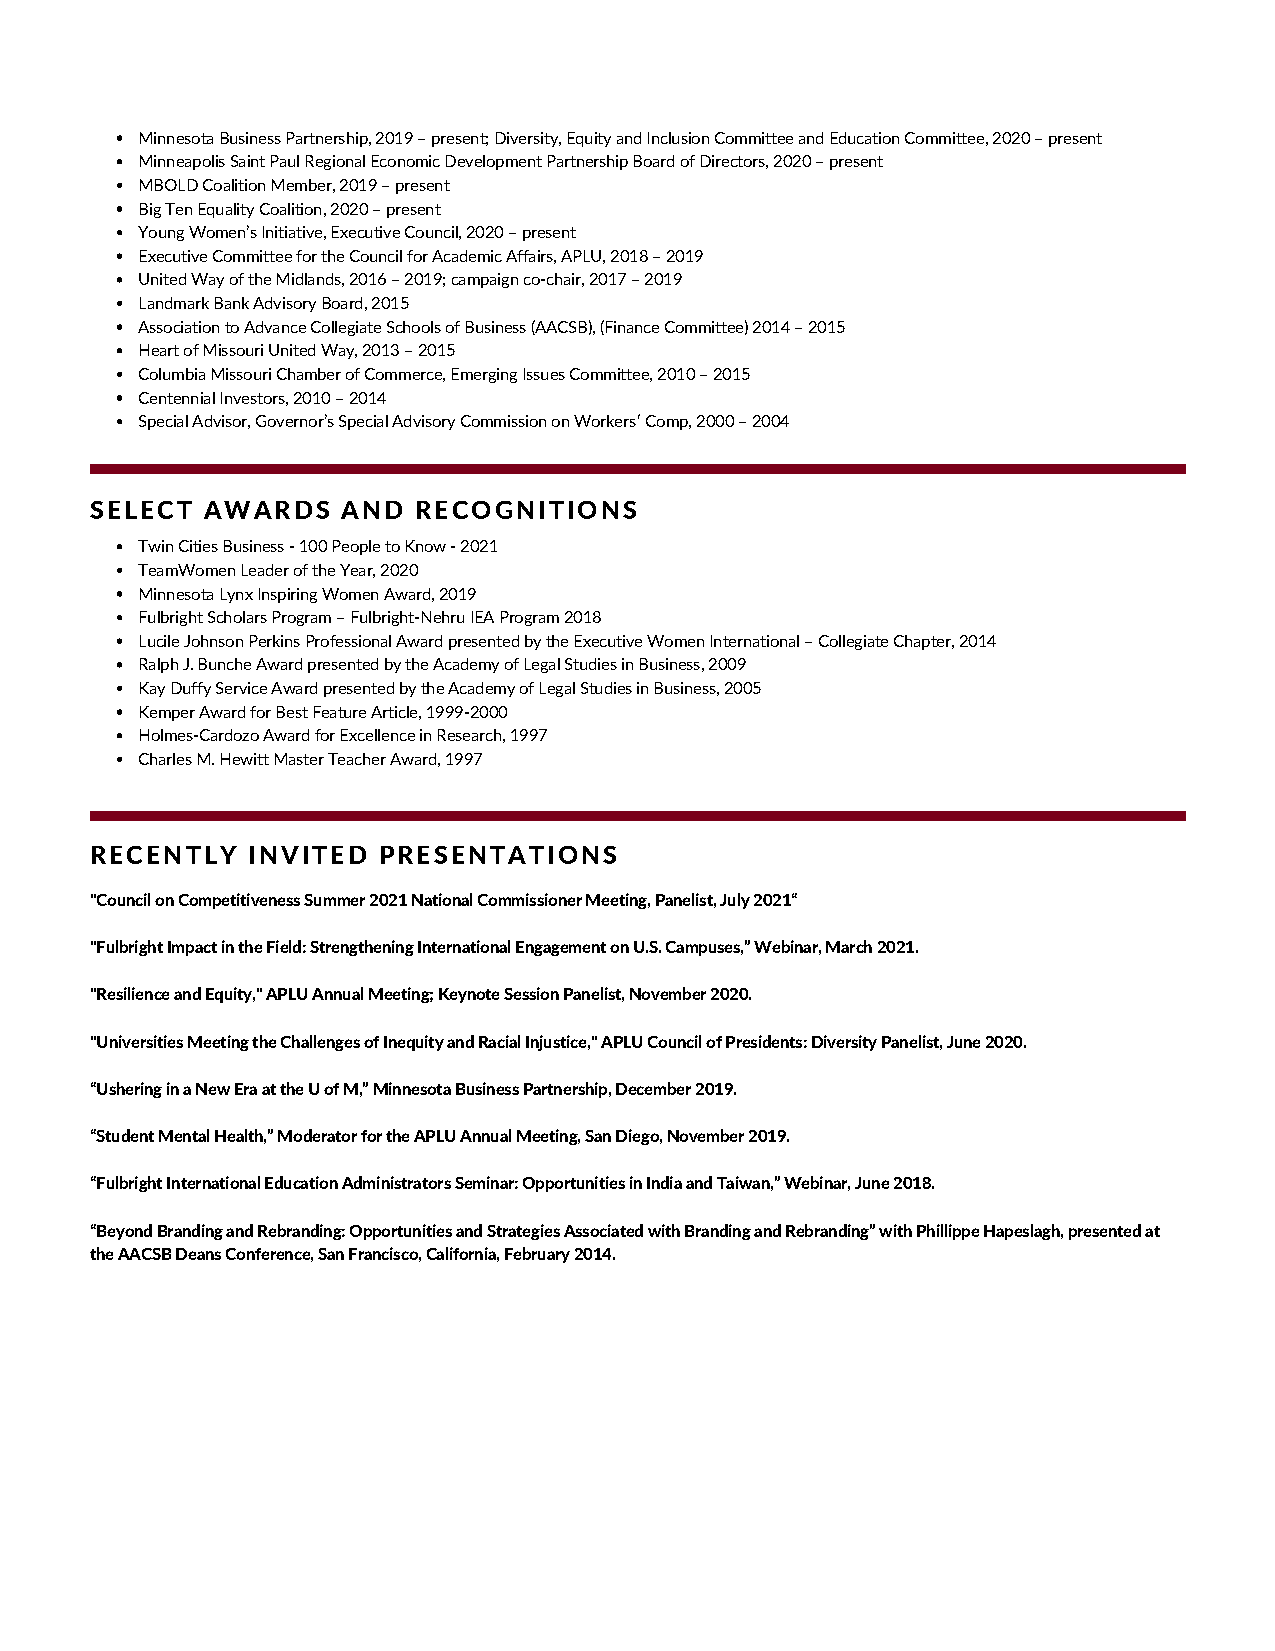
Minnesota Business Partnership, 2019 – present; Diversity, Equity and Inclusion Committee and Education Committee, 2020 – present
 Minneapolis Saint Paul Regional Economic Development Partnership Board of Directors, 2020 – present
 MBOLD Coalition Member, 2019 – present
 Big Ten Equality Coalition, 2020 – present
 Young Women’s Initiative, Executive Council, 2020 – present
 Executive Committee for the Council for Academic Affairs, APLU, 2018 – 2019
 United Way of the Midlands, 2016 – 2019; campaign co-chair, 2017 – 2019
 Landmark Bank Advisory Board, 2015
 Association to Advance Collegiate Schools of Business (AACSB), (Finance Committee) 2014 – 2015
 Heart of Missouri United Way, 2013 – 2015
 Columbia Missouri Chamber of Commerce, Emerging Issues Committee, 2010 – 2015
 Centennial Investors, 2010 – 2014
 Special Advisor, Governor’s Special Advisory Commission on Workersʹ Comp, 2000 – 2004
 SELECT AWARDS    AND RECOGNITIONS
 Twin Cities Business - 100 People to Know - 2021
 TeamWomen Leader of the Year, 2020
 Minnesota Lynx Inspiring Women Award, 2019
 Fulbright Scholars Program – Fulbright-Nehru IEA Program 2018
 Lucile Johnson Perkins Professional Award presented by the Executive Women International – Collegiate Chapter, 2014
 Ralph J. Bunche Award presented by the Academy of Legal Studies in Business, 2009
 Kay Duffy Service Award presented by the Academy of Legal Studies in Business, 2005
 Kemper Award for Best Feature Article, 1999-2000
 Holmes-Cardozo Award for Excellence in Research, 1997
 Charles M. Hewitt Master Teacher Award, 1997
 RECENTLY  INVITED  PRESENTATIONS
 "Council on Competitiveness Summer 2021 National Commissioner Meeting, Panelist, July 2021“
 "Fulbright Impact in the Field: Strengthening International Engagement on U.S. Campuses,” Webinar, March 2021.
 "Resilience and Equity," APLU Annual Meeting; Keynote Session Panelist, November 2020.
 "Universities Meeting the Challenges of Inequity and Racial Injustice," APLU Council of Presidents: Diversity Panelist, June 2020.
 “Ushering in a New Era at the U of M,” Minnesota Business Partnership, December 2019.
 “Student Mental Health,” Moderator for the APLU Annual Meeting, San Diego, November 2019.
 “Fulbright International Education Administrators Seminar: Opportunities in India and Taiwan,” Webinar, June 2018.
 “Beyond Branding and Rebranding: Opportunities and Strategies Associated with Branding and Rebranding” with Phillippe Hapeslagh, presented at
 the AACSB Deans Conference, San Francisco, California, February 2014.